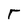
Character: r